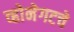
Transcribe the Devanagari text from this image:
व्होनेगटचे